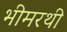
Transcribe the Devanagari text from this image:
भीमरथी